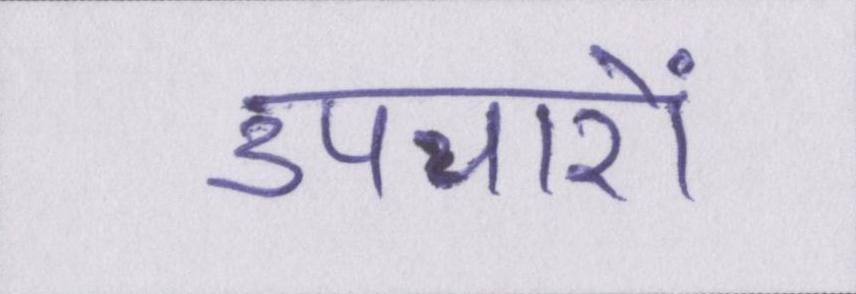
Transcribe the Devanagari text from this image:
उपचारों